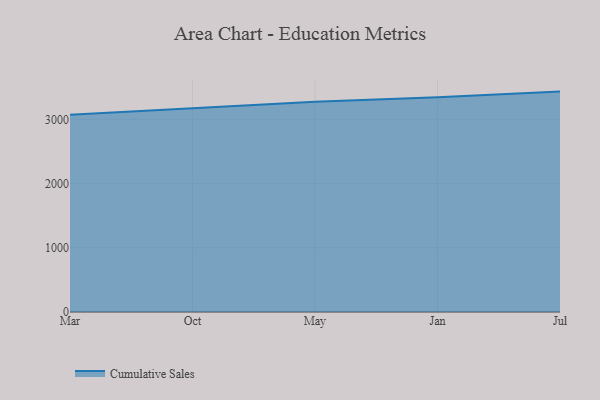
{"axis": {"x": "Month", "y": "Customer Acquisition Cost (USD)"}, "legend": ["Cumulative Sales"], "data": [{"x": "Mar", "y": 3071.8, "type": "Cumulative Sales"}, {"x": "Oct", "y": 3167.9, "type": "Cumulative Sales"}, {"x": "May", "y": 3274.4, "type": "Cumulative Sales"}, {"x": "Jan", "y": 3345.2, "type": "Cumulative Sales"}, {"x": "Jul", "y": 3431.6, "type": "Cumulative Sales"}]}